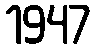
1947